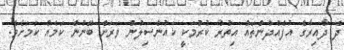
ދެ ދާއިރާގެ އުފެއްދުންތައް އިތުރު ކުރުމަކީ ކައުންސިލުން ވަރަށް ބޭނުން ކަމެއް ކަމަށެވެ.